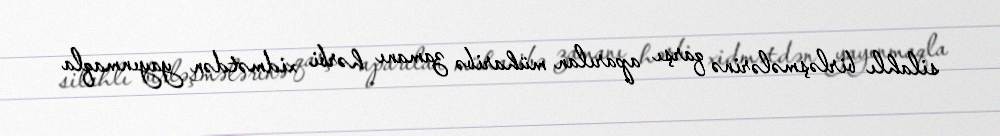
silahlı birləşmələrinə qarşı aparılan müharibə zamanı hərbi xidmətdən yayınmaqla